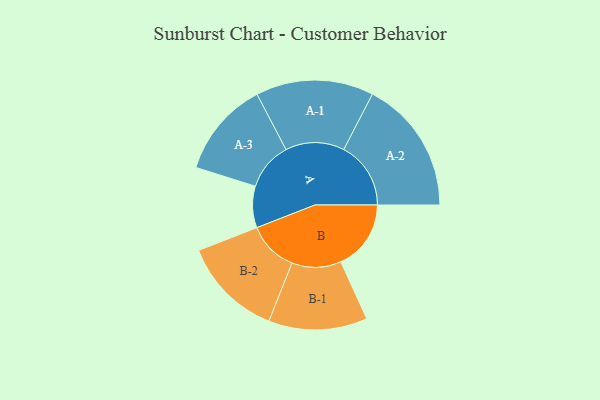
{"axis": {"x": "Segment", "y": "Value"}, "legend": ["", "A", "B"], "data": [{"x": "A", "y": 122, "type": ""}, {"x": "B", "y": 206, "type": ""}, {"x": "A-1", "y": 173, "type": "A"}, {"x": "A-2", "y": 197, "type": "A"}, {"x": "A-3", "y": 141, "type": "A"}, {"x": "B-1", "y": 145, "type": "B"}, {"x": "B-2", "y": 148, "type": "B"}]}